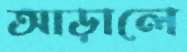
আড়ালে